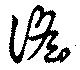
謡